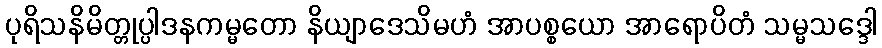
ပုရိသနိမိတ္တုပ္ပါဒနကမ္မတော နိယျာဒေသိမဟံ အာပစ္စယော အာရောပိတံ သမ္မသဒ္ဒေါ